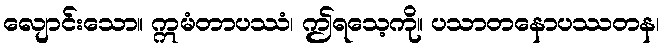
လျောင်းသော။ ဣမံတာပဿံ၊ ဤရသေ့ကို။ ပသာတနောပဿတန၊